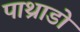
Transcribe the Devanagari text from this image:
पाथ्राडो